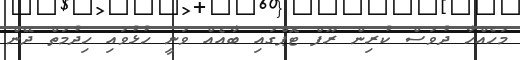
މަހެއްހާ ދުވަސް ކުރިން ރޫފް ޓޮޕްގައި ބާއެއް ވަނީ ހުޅުވައި ހިދުމަތް ދޭން